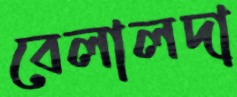
বেলালদা